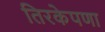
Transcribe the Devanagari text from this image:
तिरकेपणा